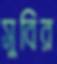
সুবির